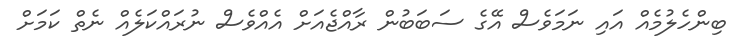
ބިންހެލުމެއް އައި ނަމަވެސް އޭގެ ސަބަބުން ރާއްޖެއަށް އެއްވެސް ނުރައްކަލެއް ނެތް ކަމަށް